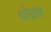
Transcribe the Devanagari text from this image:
पोरांग